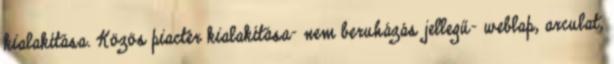
kialakítása. Közös piactér kialakítása- nem beruházás jellegű- weblap, arculat,